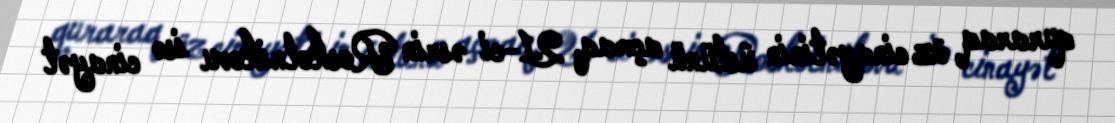
quraraq öz cinayətinin üstünü açmaq, 21-ci əsrin Roskolnikovu isə cinayət